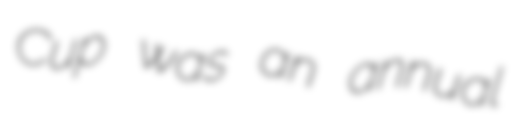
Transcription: Cup was an annual